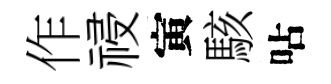
作祲寅駭呫